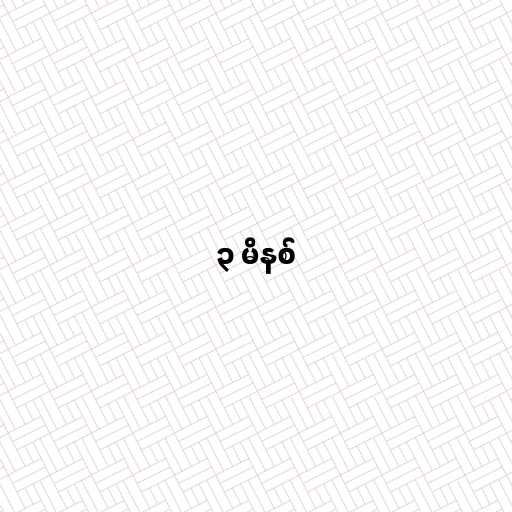
၃ မိနစ်